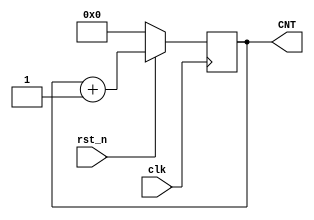
module RGE4 (
    input clk,rst_n,
    output reg [3:0] CNT
);
    always@(posedge clk)
    begin 
        if(rst_n==0)
            CNT<=4'b0;
        else
            CNT<=CNT+4'b1;
    end
endmodule